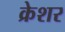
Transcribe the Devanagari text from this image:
क्रेशर